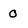
Character: 0